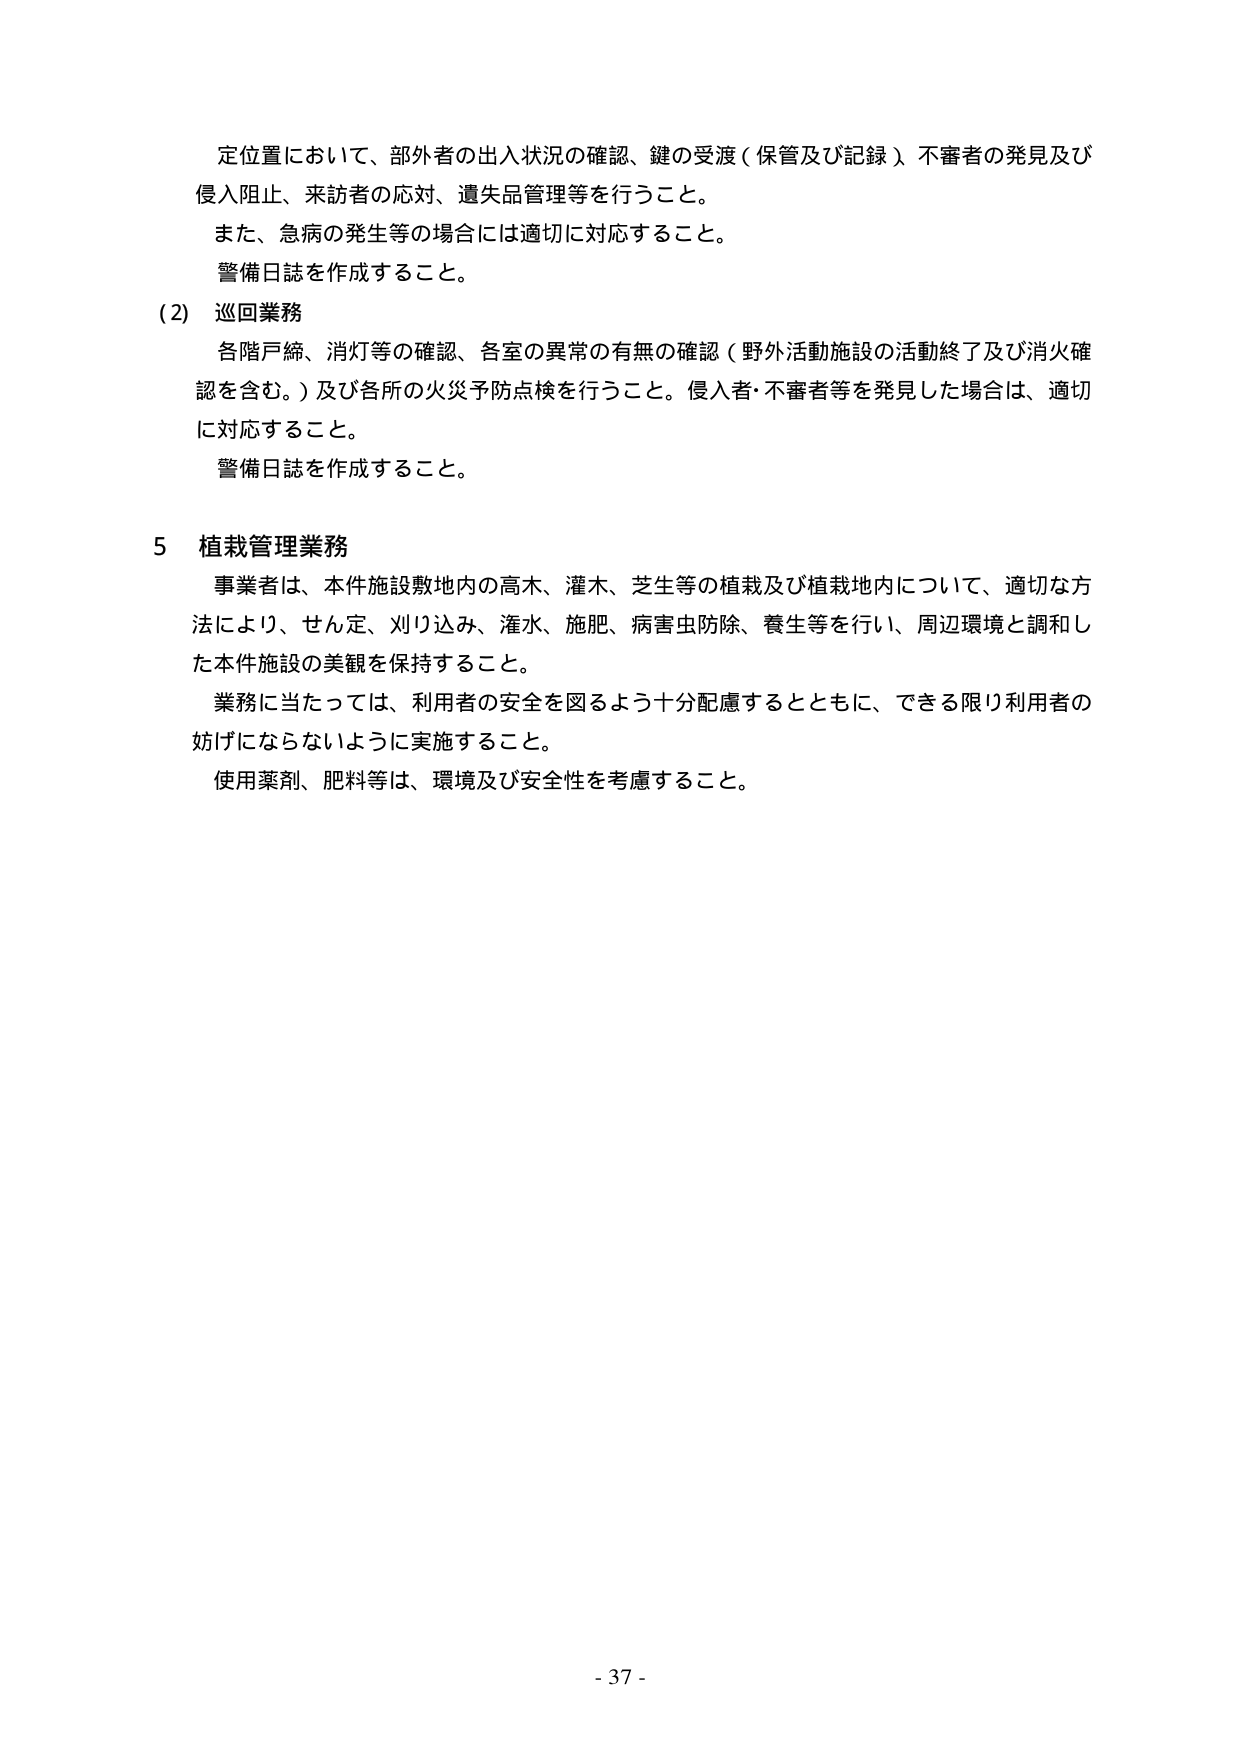
定位置において、部外者の出入状況の確認、鍵の受渡（保管及び記録）、不審者の発見及び侵入阻止、来訪者の応対、遺失品管理等を行うこと。
また、急病の発生等の場合には適切に対応すること。
警備日誌を作成すること。

(2) 巡回業務
各階戸締、消灯等の確認、各室の異常の有無の確認（野外活動施設の活動終了及び消火確認を含む。）及び各所の火災予防点検を行うこと。侵入者・不審者等を発見した場合は、適切に対応すること。
警備日誌を作成すること。

5 植栽管理業務
事業者は、本件施設敷地内の高木、灌木、芝生等の植栽及び植栽地内について、適切な方法により、せん定、刈り込み、灌水、施肥、病害虫防除、養生等を行い、周辺環境と調和した本件施設の美観を保持すること。
業務に当たっては、利用者の安全を図るよう十分配慮するとともに、できる限り利用者の妨げにならないように実施すること。
使用薬剤、肥料等は、環境及び安全性を考慮すること。

- 37 -